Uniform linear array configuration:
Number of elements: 24
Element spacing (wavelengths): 0.75
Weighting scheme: cosine
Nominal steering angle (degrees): -15
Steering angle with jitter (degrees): -13.163
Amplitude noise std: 0.05
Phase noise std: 0.05

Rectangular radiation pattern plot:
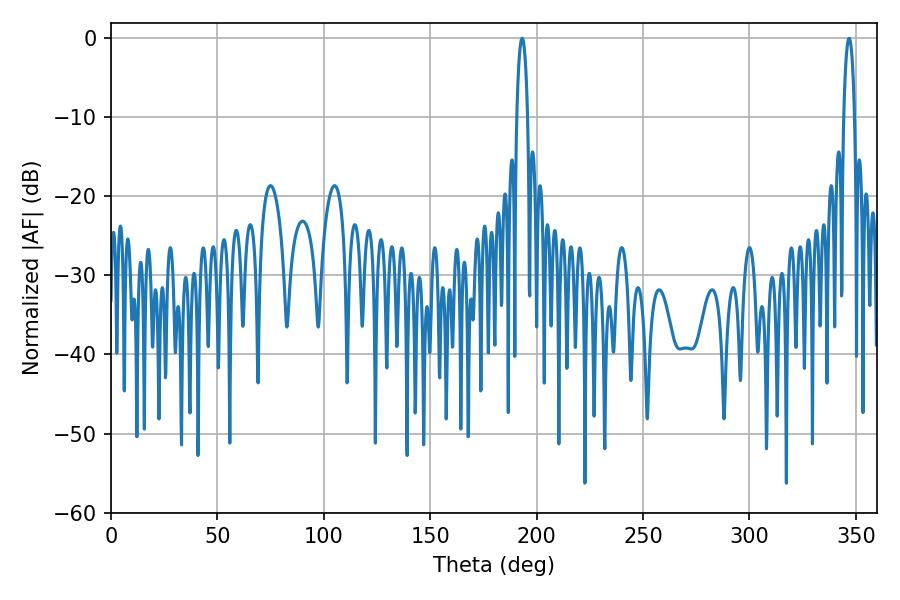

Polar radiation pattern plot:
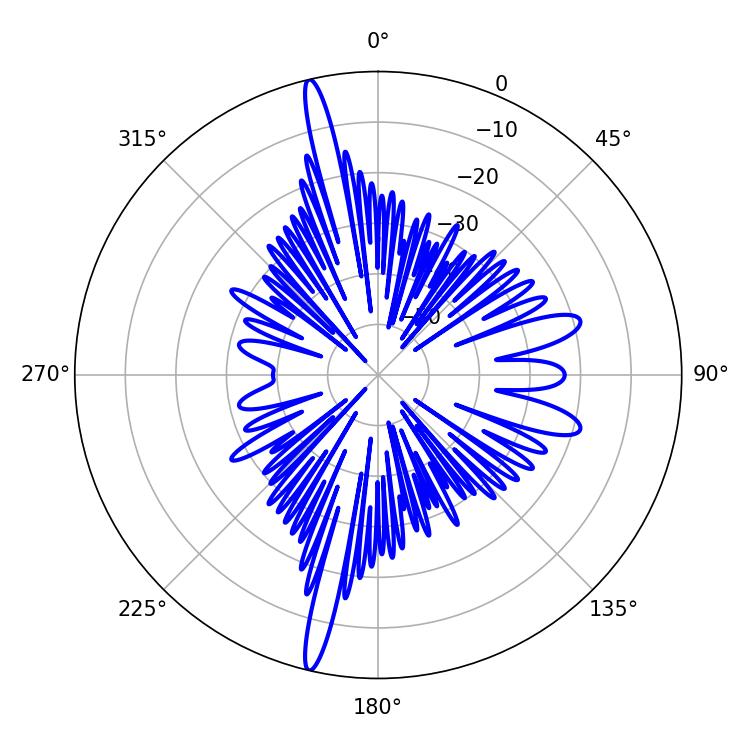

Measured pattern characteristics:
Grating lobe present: TRUE
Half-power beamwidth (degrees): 2.88
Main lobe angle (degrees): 193.14